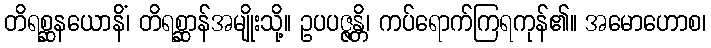
တိရစ္ဆနယောနိံ၊ တိရစ္ဆာန်အမျိုးသို့။ ဥပပဇ္ဇန္တိ၊ ကပ်ရောက်ကြရကုန်၏။ အမောဟောစ၊